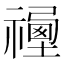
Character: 𥛿